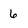
Character: 6